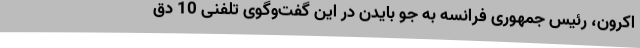
اکرون، رئیس جمهوری فرانسه به جو بایدن در این گفت‌وگوی تلفنی 10 دق